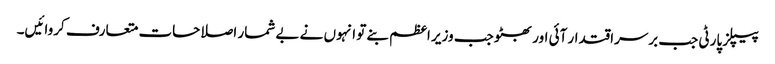
پیپلز پارٹی جب برسراقتدار آئی اور بھٹو جب وزیر اعظم بنے تو انہوں نے بے شمار اصلاحات متعارف کروائیں۔